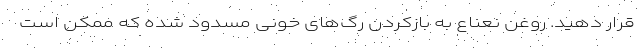
قرار دهید. روغن نعناع به بازکردن رگ‌های خونی مسدود شده که ممکن است